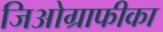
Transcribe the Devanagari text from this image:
जिओग्राफीका